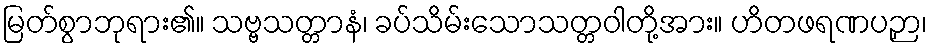
မြတ်စွာဘုရား၏။ သဗ္ဗသတ္တာနံ၊ ခပ်သိမ်းသောသတ္တဝါတို့အား။ ဟိတဖရဏပဉှာ၊